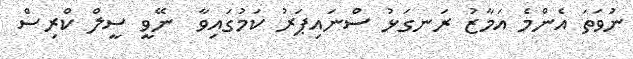
ނުވަތަ އެންމެ އަމާޒު ރަނގަޅު ސްނައިޕަރު ކަމުގައިވާ  ނޭވީ ސީލް ކްރިސް